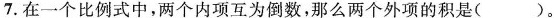
7.在一个比例式中，两个内项互为倒数，那么两个外项的积是()。